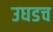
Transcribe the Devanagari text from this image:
उघडच